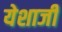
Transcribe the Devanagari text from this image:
येशाजी